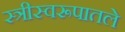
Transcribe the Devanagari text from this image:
स्त्रीस्वरूपातले